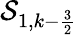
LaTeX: \mathcal{S}_{1,k-\frac{3}{2}}